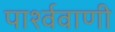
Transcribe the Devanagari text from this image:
पार्श्ववाणी